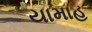
યામાહ